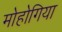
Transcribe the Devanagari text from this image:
मोहोगिया